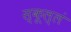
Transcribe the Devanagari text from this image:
स्कूल्लं